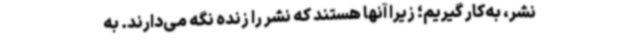
نشر، به‌کار گیریم؛ زیرا آنها هستند که نشر را زنده نگه‌ می‌دارند. به